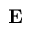
\mathbf { E }